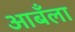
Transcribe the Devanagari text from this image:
आबँला